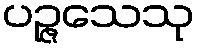
ပဉ္ဇသေသု